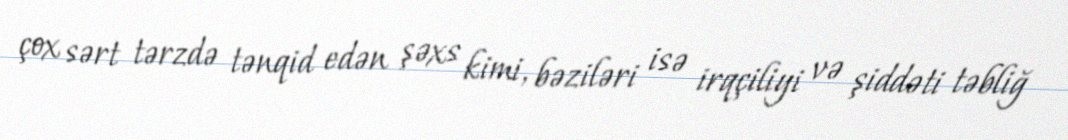
çox sərt tərzdə tənqid edən şəxs kimi, bəziləri isə irqçiliyi və şiddəti təbliğ